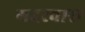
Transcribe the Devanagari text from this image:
गदरवारा